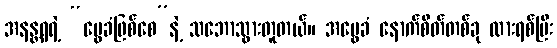
အနန္တရရဲ့ “မွေခံဖြစ်စေ”နဲ့ သဘောသွားတူတယ်။ အမွေခံ နောက်စိတ်တစ်ခု ထားရစ်ပြီး